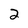
Character: 2